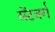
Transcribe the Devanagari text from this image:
सेंटबर्ग